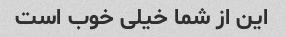
این از شما خیلی خوب است